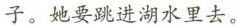
子。她要跳进湖水里去。